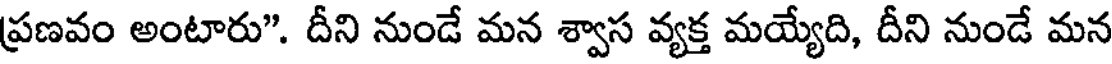
ప్రణవం అంటారు". దీని నుండే మన శ్వాస వ్యక్త మయ్యేది, దీని నుండే మన